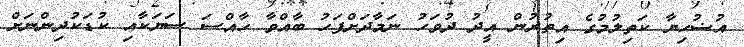
އުޟުހިޔާ ކަތިލުމުގެ އިތުރުން އީދު ދުވަހު ނަމާދަށްފަހު ބާއްވާ ހާއްސަ ސަޔަކާއި ކުޑަކުދިންނަށް